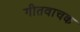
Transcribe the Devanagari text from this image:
गीतवाचक